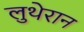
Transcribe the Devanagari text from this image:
लुथेरान